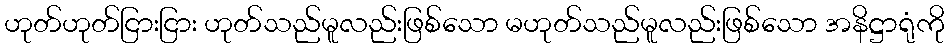
ဟုတ်ဟုတ်ငြားငြား ဟုတ်သည်မူလည်းဖြစ်သော မဟုတ်သည်မူလည်းဖြစ်သော အနိဋ္ဌာရုံကို